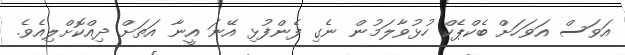
އަވަސް އަވަހަށް ބެކްޕެކް ހުޅުވާލަމުން ނެގި ފެންފުޅި އޭނަ އީނާ އަތަށް ދިއްކޮށްލިއެވެ.